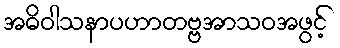
အဓိဝါသနာပဟာတဗ္ဗအာသဝအဖွင့်